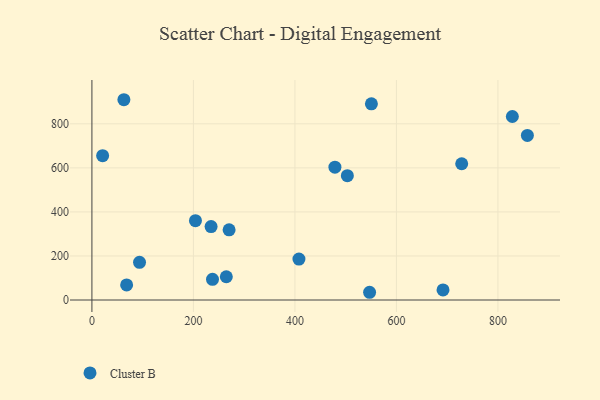
{"axis": {"x": "Distance", "y": "Salary"}, "legend": ["Cluster B"], "data": [{"x": "550.7", "y": 890.9, "type": "Cluster B"}, {"x": "858.0", "y": 747.3, "type": "Cluster B"}, {"x": "264.8", "y": 105.6, "type": "Cluster B"}, {"x": "407.9", "y": 185.9, "type": "Cluster B"}, {"x": "68.4", "y": 68.5, "type": "Cluster B"}, {"x": "828.4", "y": 833.2, "type": "Cluster B"}, {"x": "204.0", "y": 360.1, "type": "Cluster B"}, {"x": "691.8", "y": 45.7, "type": "Cluster B"}, {"x": "237.6", "y": 93.9, "type": "Cluster B"}, {"x": "478.8", "y": 603.0, "type": "Cluster B"}, {"x": "21.1", "y": 655.4, "type": "Cluster B"}, {"x": "547.1", "y": 35.1, "type": "Cluster B"}, {"x": "728.6", "y": 618.6, "type": "Cluster B"}, {"x": "503.3", "y": 564.7, "type": "Cluster B"}, {"x": "93.8", "y": 171.2, "type": "Cluster B"}, {"x": "234.8", "y": 333.4, "type": "Cluster B"}, {"x": "270.3", "y": 318.5, "type": "Cluster B"}, {"x": "63.0", "y": 909.4, "type": "Cluster B"}]}